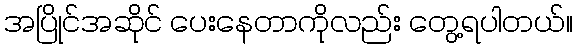
အပြိုင်အဆိုင် ပေးနေတာကိုလည်း တွေ့ရပါတယ်။